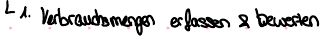
1. Verbrauchsmengen erfassen & bewerten